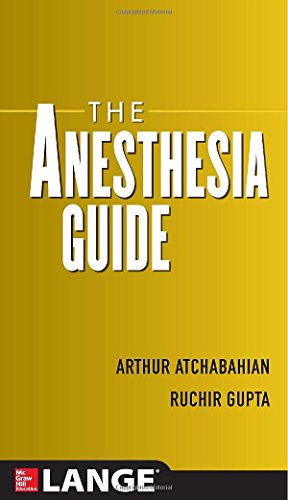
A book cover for The Anesthesia Guide; Arthur Atchabahian; Medical Books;